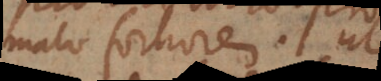
malo fortiorem. Ut